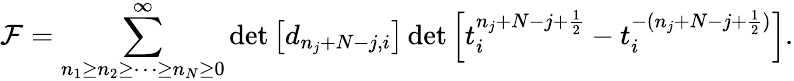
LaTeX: {\cal F}=\sum_{n_{1}\geq n_{2}\geq\cdots\geq n_{N}\geq 0}^{\infty}\operatorname*{det}\left[d_{n_{j}+N-j,i}\right]\operatorname*{det}\left[t_{i}^{n_{j}+N-j+\frac{1}{2}}-t_{i}^{-(n_{j}+N-j+\frac{1}{2})}\right].